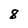
Character: 8